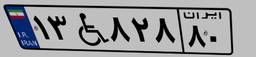
۱۳W۸۲۸۸۰